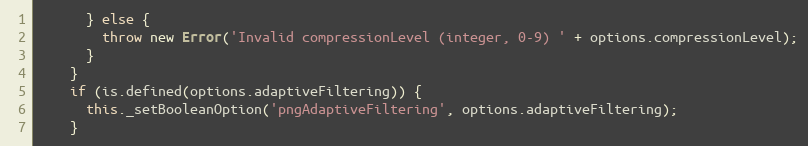
Language: JavaScript
      } else {
        throw new Error('Invalid compressionLevel (integer, 0-9) ' + options.compressionLevel);
      }
    }
    if (is.defined(options.adaptiveFiltering)) {
      this._setBooleanOption('pngAdaptiveFiltering', options.adaptiveFiltering);
    }